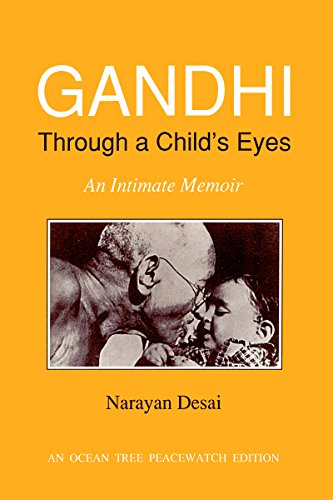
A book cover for Gandhi Through a Child's Eyes: An Intimate Memoir (Peacewatch Edition); Narayan Desai; Religion & Spirituality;